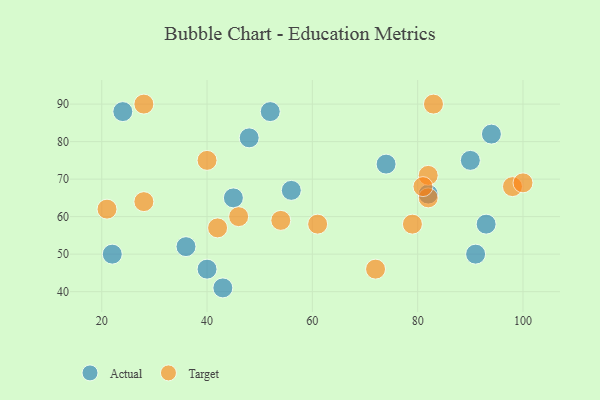
{"axis": {"x": "GDP", "y": "Life Expectancy"}, "legend": ["Actual", "Target"], "data": [{"x": "94", "y": 82, "type": "Actual"}, {"x": "40", "y": 46, "type": "Actual"}, {"x": "48", "y": 81, "type": "Actual"}, {"x": "82", "y": 66, "type": "Actual"}, {"x": "36", "y": 52, "type": "Actual"}, {"x": "74", "y": 74, "type": "Actual"}, {"x": "90", "y": 75, "type": "Actual"}, {"x": "52", "y": 88, "type": "Actual"}, {"x": "56", "y": 67, "type": "Actual"}, {"x": "22", "y": 50, "type": "Actual"}, {"x": "24", "y": 88, "type": "Actual"}, {"x": "91", "y": 50, "type": "Actual"}, {"x": "43", "y": 41, "type": "Actual"}, {"x": "93", "y": 58, "type": "Actual"}, {"x": "45", "y": 65, "type": "Actual"}, {"x": "42", "y": 57, "type": "Target"}, {"x": "61", "y": 58, "type": "Target"}, {"x": "21", "y": 62, "type": "Target"}, {"x": "72", "y": 46, "type": "Target"}, {"x": "40", "y": 75, "type": "Target"}, {"x": "83", "y": 90, "type": "Target"}, {"x": "98", "y": 68, "type": "Target"}, {"x": "79", "y": 58, "type": "Target"}, {"x": "82", "y": 65, "type": "Target"}, {"x": "54", "y": 59, "type": "Target"}, {"x": "82", "y": 71, "type": "Target"}, {"x": "81", "y": 68, "type": "Target"}, {"x": "28", "y": 90, "type": "Target"}, {"x": "100", "y": 69, "type": "Target"}, {"x": "46", "y": 60, "type": "Target"}, {"x": "28", "y": 64, "type": "Target"}]}